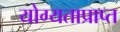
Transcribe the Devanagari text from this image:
योग्यताप्राप्त